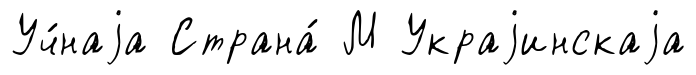
Уч́наjа Страна́ М Украjинскаjа